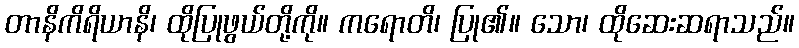
တာနိကိရိယာနိ၊ ထိုပြုဖွယ်တို့ကို။ ကရောတိ၊ ပြု၏။ သော၊ ထိုဆေးဆရာသည်။